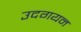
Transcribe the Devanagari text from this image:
उदगयन